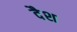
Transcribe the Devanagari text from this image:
दैश